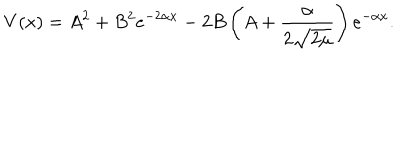
LaTeX: V ( x ) = A ^ { 2 } + B ^ { 2 } e ^ { - 2 \alpha x } - 2 B \left( A + \frac { \alpha } { 2 \sqrt { 2 \mu } } \right) e ^ { - \alpha x } .